Plague in India, 1896, 1897 - Volume 2
Year: 1896
Disease focus: Plague
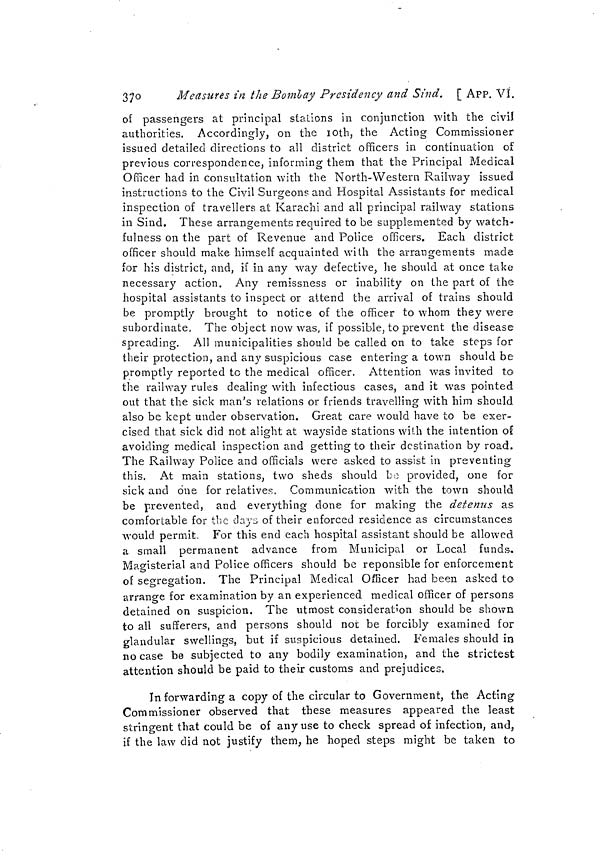
370
Measures in the Bombay Presidency and Sind. [ APP. VI.
of passengers at principal stations in conjunction with the civil
authorities. Accordingly, on the 10th, the Acting Commissioner
issued detailed directions to all district officers in continuation of
previous correspondence, informing them that the Principal Medical
Officer had in consultation with the North-Western Railway issued
instructions to the Civil Surgeons and Hospital Assistants for medical
inspection of travellers at Karachi and all principal railway stations
in Sind. These arrangements required to be supplemented by watch-
fulness on the part of Revenue and Police officers. Each district
officer should make himself acquainted with the arrangements made
for his district, and, if in any way defective, he should at once take
necessary action. Any remissness or inability on the part of the
hospital assistants to inspect or attend the arrival of trains should
be promptly brought to notice of the officer to whom they were
subordinate, The object now was, if possible, to prevent the disease
spreading. All municipalities should be called on to take steps for
their protection, and any suspicious case entering a town should be
promptly reported to the medical officer. Attention was invited to
the railway rules dealing with infectious cases, and it was pointed
out that the sick man's relations or friends travelling with him should
also be kept under observation. Great care would have to be exer-
cised that sick did not alight at wayside stations with the intention of
avoiding medical inspection and getting to their destination by road,
The Railway Police and officials were asked to assist in preventing
this. At main stations, two sheds should be provided, one for
sick and one for relatives, Communication with the town should
be prevented, and everything done for making the detenus as
comfortable for the days of their enforced residence as circumstances
would permit. For this end each hospital assistant should be allowed
a small permanent advance from Municipal or Local funds.
Magisterial and Police officers should be reponsible for enforcement
of segregation. The Principal Medical Officer had been asked to
arrange for examination by an experienced medical officer of persons
detained on suspicion. The utmost consideration should be shown
to all sufferers, and persons should not be forcibly examined for
glandular swellings, but if suspicious detained. Females should in
no case be subjected to any bodily examination, and the strictest
attention should be paid to their customs and prejudices.
In forwarding a copy of the circular to Government, the Acting
Commissioner observed that these measures appeared the least
stringent that could be of any use to check spread of infection, and,
if the law did not justify them, he hoped steps might be taken to